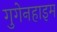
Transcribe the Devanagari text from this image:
गुगेनहाइम